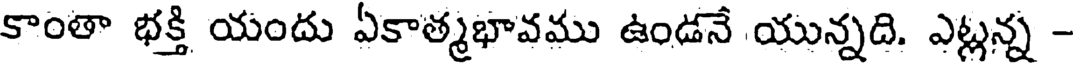
కాంతా భక్తి యందు ఏకాత్మభావము ఉండనే యున్నది. ఎట్లన్న -